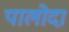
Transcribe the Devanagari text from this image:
पालोदा